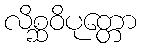
လိစ္ဆဝိပုတ္တော